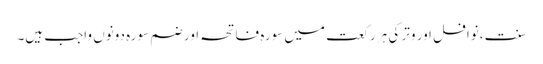
سنت ،نوافل اور وتر کی ہر رکعت میں سورہ فاتحہ اور ضم سورہ دونوں واجب ہیں۔